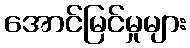
အောင်မြင်မှုများ